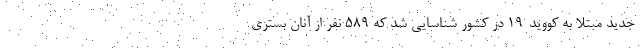
جدید مبتلا به کووید-۱۹ در کشور شناسایی شد که ۵۸۹ نفر از آنان بستری